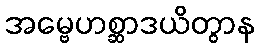
အမ္ဗေဟစ္ဆာဒယိတွာန